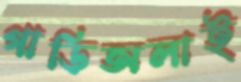
গাড়িঅলাই